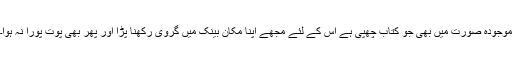
موجودہ صورت میں بھی جو کتاب چھپی ہے اس کے لئے مجھے اپنا مکان بینک میں گروی رکھنا پڑا اور پھر بھی پوت پورا نہ ہوا۔